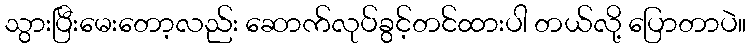
သွားပြီးမေးတော့လည်း ဆောက်လုပ်ခွင့်တင်ထားပါ တယ်လို့ ပြောတာပဲ။